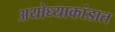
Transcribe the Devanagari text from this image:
अयोध्याकांडात